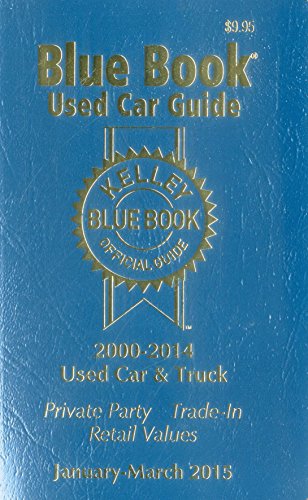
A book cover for Kelley Blue Book Used Car Guide: January-March 2015 (Kelley Blue Book Used Car Guide Consumer Edition); Kelley Blue Book; Engineering & Transportation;